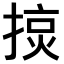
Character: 𢰍